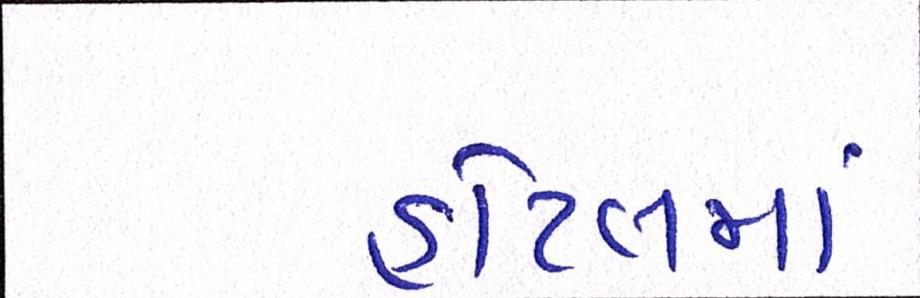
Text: હોટલમાં